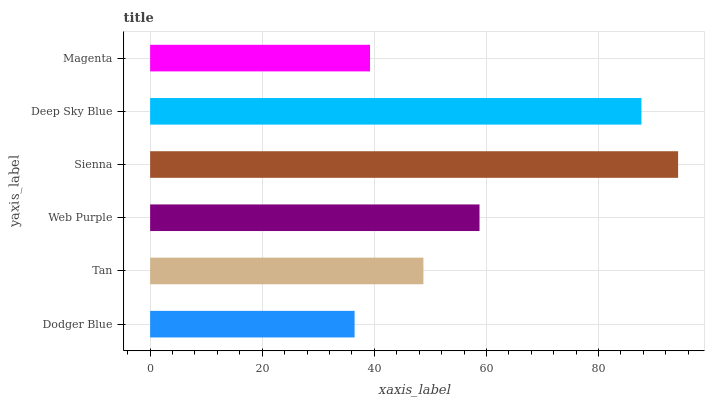
| yaxis_label | bars |
 | --- | --- |
 | Dodger Blue | 36.5 |
 | Tan | 48.8 |
 | Web Purple | 58.8 |
 | Sienna | 94.2 |
 | Deep Sky Blue | 87.7 |
 | Magenta | 39.2 |